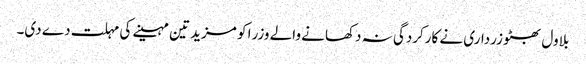
بلاول بھٹو زرداری نے کارکردگی نہ دکھانے والے وزرا کو مزید تین مہینے کی مہلت دے دی۔